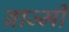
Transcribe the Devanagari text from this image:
बाज्मी